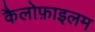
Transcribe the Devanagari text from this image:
कैलोफ़ाइलम